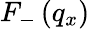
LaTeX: {{F}_{-}}\left({{q}_{x}}\right)